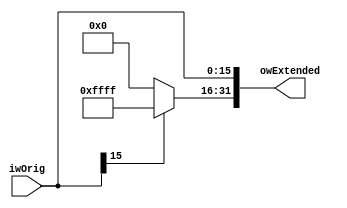
module sign_extend_16_32(input wire [15:0]iwOrig, output wire [31:0]owExtended);

assign owExtended[15:0] = iwOrig;
assign owExtended[31:16] = iwOrig[15] ? 16'hffff : 16'h0000;

endmodule